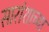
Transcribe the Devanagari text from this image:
सारांशाच्या